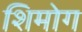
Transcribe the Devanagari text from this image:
शिमोग